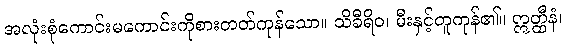
အလုံးစုံကောင်းမကောင်းကိုစားတတ်ကုန်သော။ သိခီရိဝ၊ မီးနှင့်တူကုန်၏။ ဣတ္ထီနံ၊